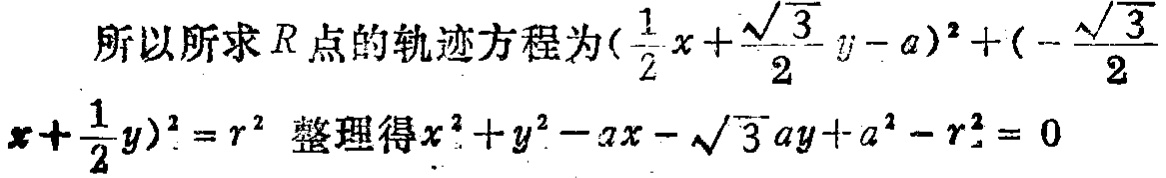
所以所求\(R\)点的轨迹方程为\((\frac{1}{2}x + \frac{\sqrt{3}}{2}y - a)^2 + (-\frac{\sqrt{3}}{2}x + \frac{1}{2}y)^2 = r^2\) 整理得\(x^2 + y^2 - ax - \sqrt{3}ay + a^2 - r^2 = 0\)